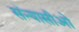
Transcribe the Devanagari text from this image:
संन्यासीओ